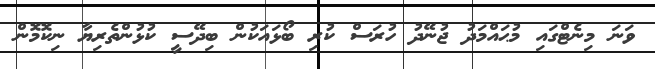
ވަނަ މިނެޓްގައި މުޙައްމަދު ޖުނޭދު ހުރަސް ކުރި ބޯޅައަކުން ބިދޭސީ ކުޅުންތެރިޔާ ނިކޮމޮން